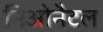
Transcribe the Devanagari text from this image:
निओनैटल